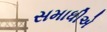
સમાધીએ